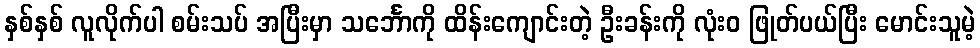
နှစ်နှစ် လူလိုက်ပါ စမ်းသပ် အပြီးမှာ သင်္ဘောကို ထိန်းကျောင်းတဲ့ ဦးခန်းကို လုံးဝ ဖြုတ်ပယ်ပြီး မောင်းသူမဲ့